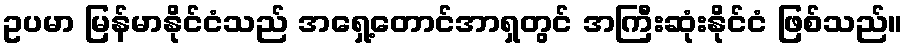
ဥပမာ မြန်မာနိုင်ငံသည် အရှေ့တောင်အာရှတွင် အကြီးဆုံးနိုင်ငံ ဖြစ်သည်။